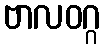
ဗာလဝဂ္ဂ